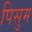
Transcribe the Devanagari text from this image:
पिसुम